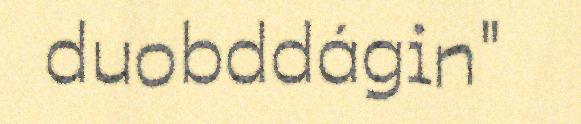
duobddágin"